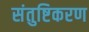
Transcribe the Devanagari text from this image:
संतुष्टिकरण